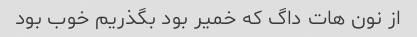
از نون هات داگ که خمیر بود بگذریم خوب بود